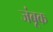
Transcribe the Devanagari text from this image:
जंबूक